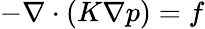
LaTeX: -\nabla\cdot(K\nabla p)=f